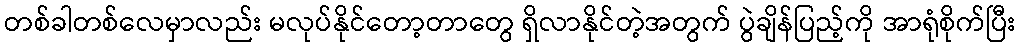
တစ်ခါတစ်လေမှာလည်း မလုပ်နိုင်တော့တာတွေ ရှိလာနိုင်တဲ့အတွက် ပွဲချိန်ပြည့်ကို အာရုံစိုက်ပြီး